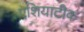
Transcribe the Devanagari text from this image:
एशियाटीक